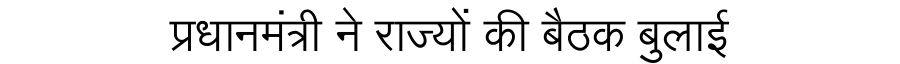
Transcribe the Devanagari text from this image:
प्रधानमंत्री ने राज्यों की बैठक बुलाई